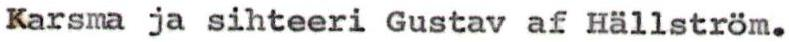
Karsma ja sihteeri Gustav af Hällström.